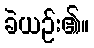
ခဲယဉ်း၏။